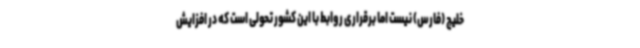
خلیج (فارس) نیست اما برقراری روابط با این کشور تحولی است که در افزایش